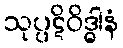
သုပ္ပဋိဝိဒ္ဓါနံ